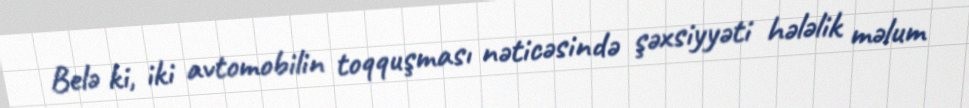
Belə ki, iki avtomobilin toqquşması nəticəsində şəxsiyyəti hələlik məlum